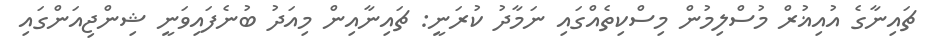
ޗައިނާގެ އުއިޣުރް މުސްލިމުން މިސްކިތެއްގައި ނަމާދު ކުރަނީ: ޗައިނާއިން މިއަދު ބުނެފައިވަނީ ޝިންޖިއަންގައި